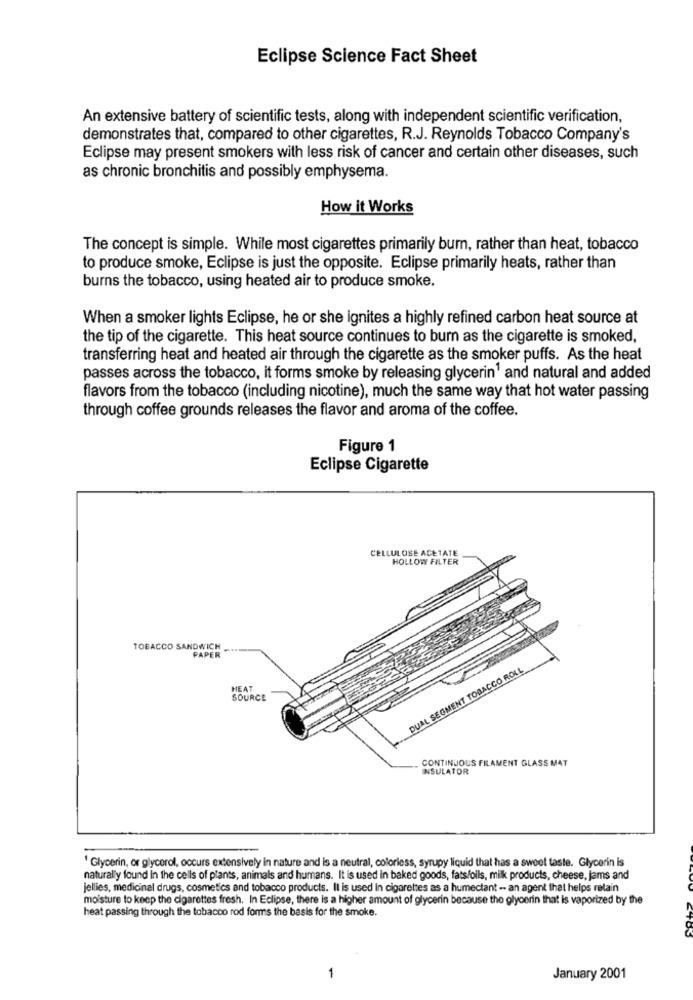
Eclipse Science Fact Sheet
An extensive battery of scientific tests, along with independent scientific verification,
demonstrates that, compared to other cigarettes, R.J. Reynolds Tobacco Company's
Eclipse may present smokers with less risk of cancer and certain other diseases, such
as chronic bronchitis and possibly emphysema.
How it Works
The concept is simple. While most cigarettes primarily bum, rather than heat, tobacco
to produce smoke, Eclipse is just the opposite. Eclipse primarily heats, rather than
burns the tobacco, using heated air to produce smoke.
When a smoker lights Eclipse, he or she ignites a highly refined carbon heat source at
the tip of the cigarette. This heat source continues to burn as the cigarette is smoked,
transferring heat and heated air through the cigarette as the smoker puffs. As the heat
passes across the tobacco, it forms smoke by releasing glycerin1 and natural and added
flavors from the tobacco (including nicotine), much the same way that hot water passing
through coffee grounds releases the flavor and aroma of the coffee.
Figure 1
Eclipse Cigarette
CELLULOSE ACETATE
HOLLOW FILTER
TOBACCO SANDWICH
PAPER
DUAL SEGMENT TOBACCO ROLL
HEAT
SOURCE
CONTINUOUS FILAMENT GLASS MAT
INSULATOR
' Glycerin, or glycerol, occurs extensively in nature and is a neutral, coloriess, syrupy liquid that has a sweet taste. Glycerin is
naturally found in the cells of plants, animals and humans. It is used in baked goods, fats/oils, milk products, cheese, jams and
jellies, medicinal drugs, cosmetics and tobacco products. It is used In cigarettes as a humectant -- an agent that helps retain
moisture to keep the cigarettes fresh. In Eclipse, there is a higher amount of glycerin because the glycerin that is vaporized by the
heat passing through the tobacco rod forms the basis for the smoke.
1
January 2001